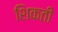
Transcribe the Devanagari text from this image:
शिकती